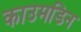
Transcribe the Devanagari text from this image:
काउमडिन